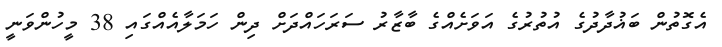
އެގޮތުން ބަޣުދާދުގެ އުތުރުގެ އަވަށެއްގެ ބާޒާރު ސަރަހައްދަށް ދިން ހަމަލާއެއްގައި 38 މީހުންވަނީ